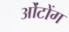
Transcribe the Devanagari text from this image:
ओंटोंग